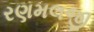
રણમલજી